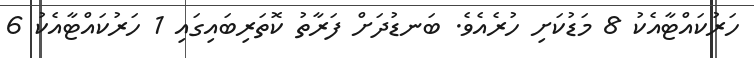
ހަރުކައްޓާއެކު 8 މަޑުކަށި ހުރެއެވެ. ބަނޑުދަށް ފަރާތު ކޮތަރިބައިގައި 1 ހަރުކައްޓާއެކު 6